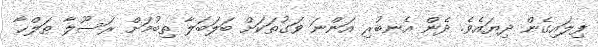
ފިލައިގެން ދިޔައެވެ. ދެން އެނބުރި އަންނަ ވަގުތަކަށް ބަލަބަލާ ތިބުމަށް ރަސޫލާ ޠަލްޙާ